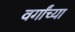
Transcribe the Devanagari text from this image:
वर्गांच्‍या